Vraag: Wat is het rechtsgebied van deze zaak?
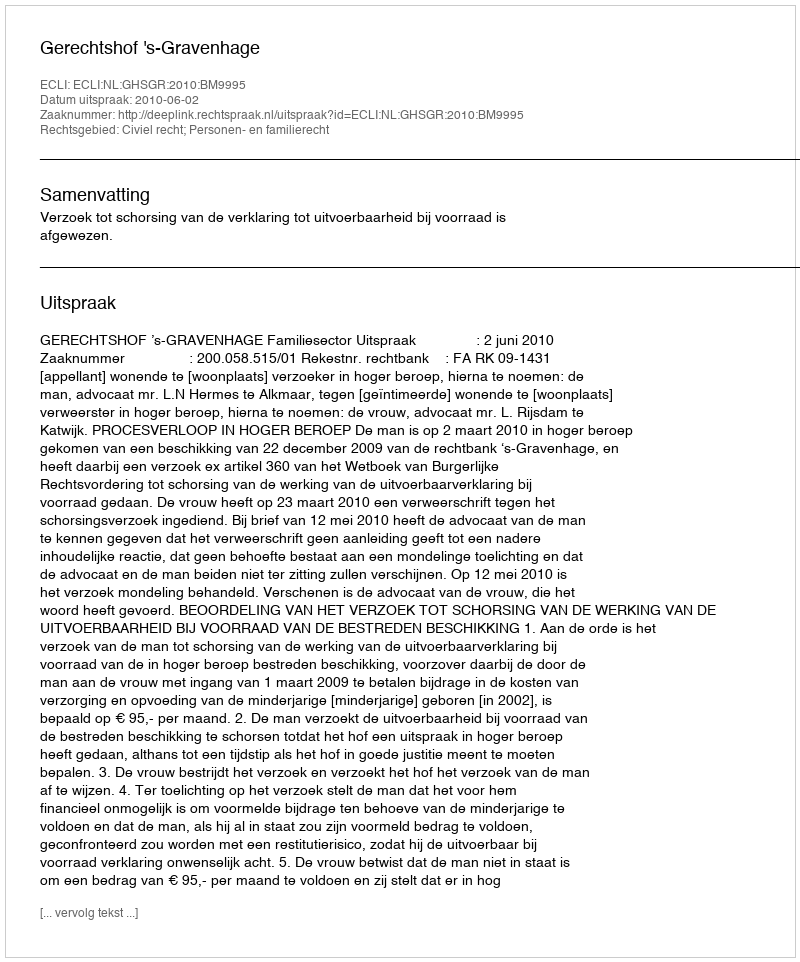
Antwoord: Civiel recht; Personen- en familierecht